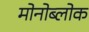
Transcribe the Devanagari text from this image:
मोनोब्लोक